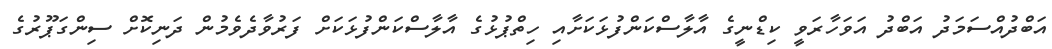
އަބްދުއްސަމަދު އަބްދު އަވަހާރަވީ ކިޑްނީގެ އާލާސްކަންފުޅަކަށާއި ހިތްޕުޅުގެ އާލާސްކަންފުޅަކަށް ފަރުވާދެވެމުން ދަނިކޮށް ސިންގަޕޫރުގެ